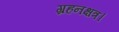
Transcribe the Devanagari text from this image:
ग्रहनक्षत्र।